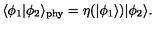
\langle \phi _ { 1 } | \phi _ { 2 } \rangle _ { \mathrm { \tiny p h y } } = \eta ( | \phi _ { 1 } \rangle ) | \phi _ { 2 } \rangle .